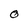
Character: O